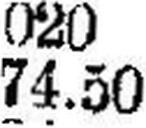
74.50